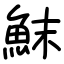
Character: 䱅